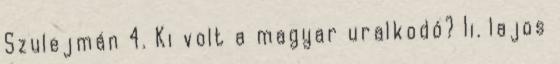
Szulejmán 4. Ki volt a magyar uralkodó? Ii. lajos